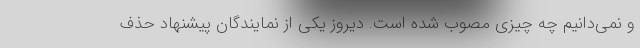
و نمی‌دانیم چه چیزی مصوب شده است. دیروز یکی از نمایندگان پیشنهاد حذف